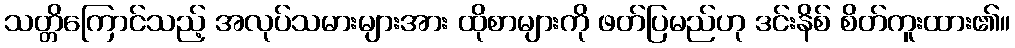
သတ္တိကြောင်သည့် အလုပ်သမားများအား ထိုစာများကို ဖတ်ပြမည်ဟု ဒင်းနိစ် စိတ်ကူးထား၏။